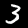
Label: 3